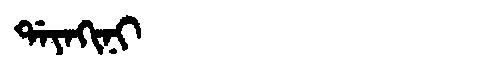
Manchu: ᡩᠠᠶᠠᡴᡳᠨᡳ
Romanization: DAYAKINI